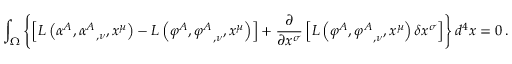
\int _ { \Omega } \left\{ \left[ L \left( \alpha ^ { A } , { \alpha ^ { A } } _ { , \nu } , x ^ { \mu } \right) - L \left( \varphi ^ { A } , { \varphi ^ { A } } _ { , \nu } , x ^ { \mu } \right) \right] + { \frac { \partial } { \partial x ^ { \sigma } } } \left[ L \left( \varphi ^ { A } , { \varphi ^ { A } } _ { , \nu } , x ^ { \mu } \right) \delta x ^ { \sigma } \right] \right\} d ^ { 4 } x = 0 \, .